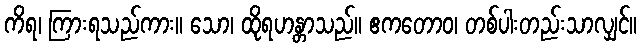
ကိရ၊ ကြားရသည်ကား။ သော၊ ထိုရဟန္တာသည်။ ဧကတောဝ၊ တစ်ပါးတည်းသာလျှင်။